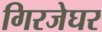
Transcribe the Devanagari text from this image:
गिरजेघर